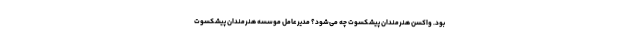
بود. واکسن هنرمندان پیشکسوت چه می‌شود؟ مدیرعامل موسسه هنرمندان پیشکسوت